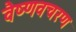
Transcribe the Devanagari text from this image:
वैष्णवचरण